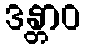
ဒန္တာဝ